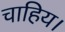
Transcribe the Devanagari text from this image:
चाहिय।